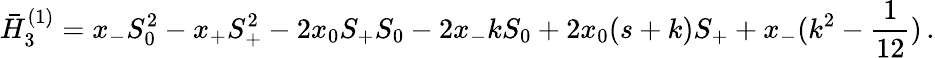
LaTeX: \bar{H}_{3}^{(1)}=x_{-}S_{0}^{2}-x_{+}S_{+}^{2}-2x_{0}S_{+}S_{0}-2x_{-}kS_{0}+2x_{0}(s+k)S_{+}+x_{-}(k^{2}-\frac{1}{12})\, .